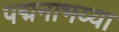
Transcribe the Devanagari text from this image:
पद्मनाभय्या